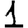
Digit: 1